38_143685_box7_Incident_Summaries_1-100
Agency: Department of War
Page 188
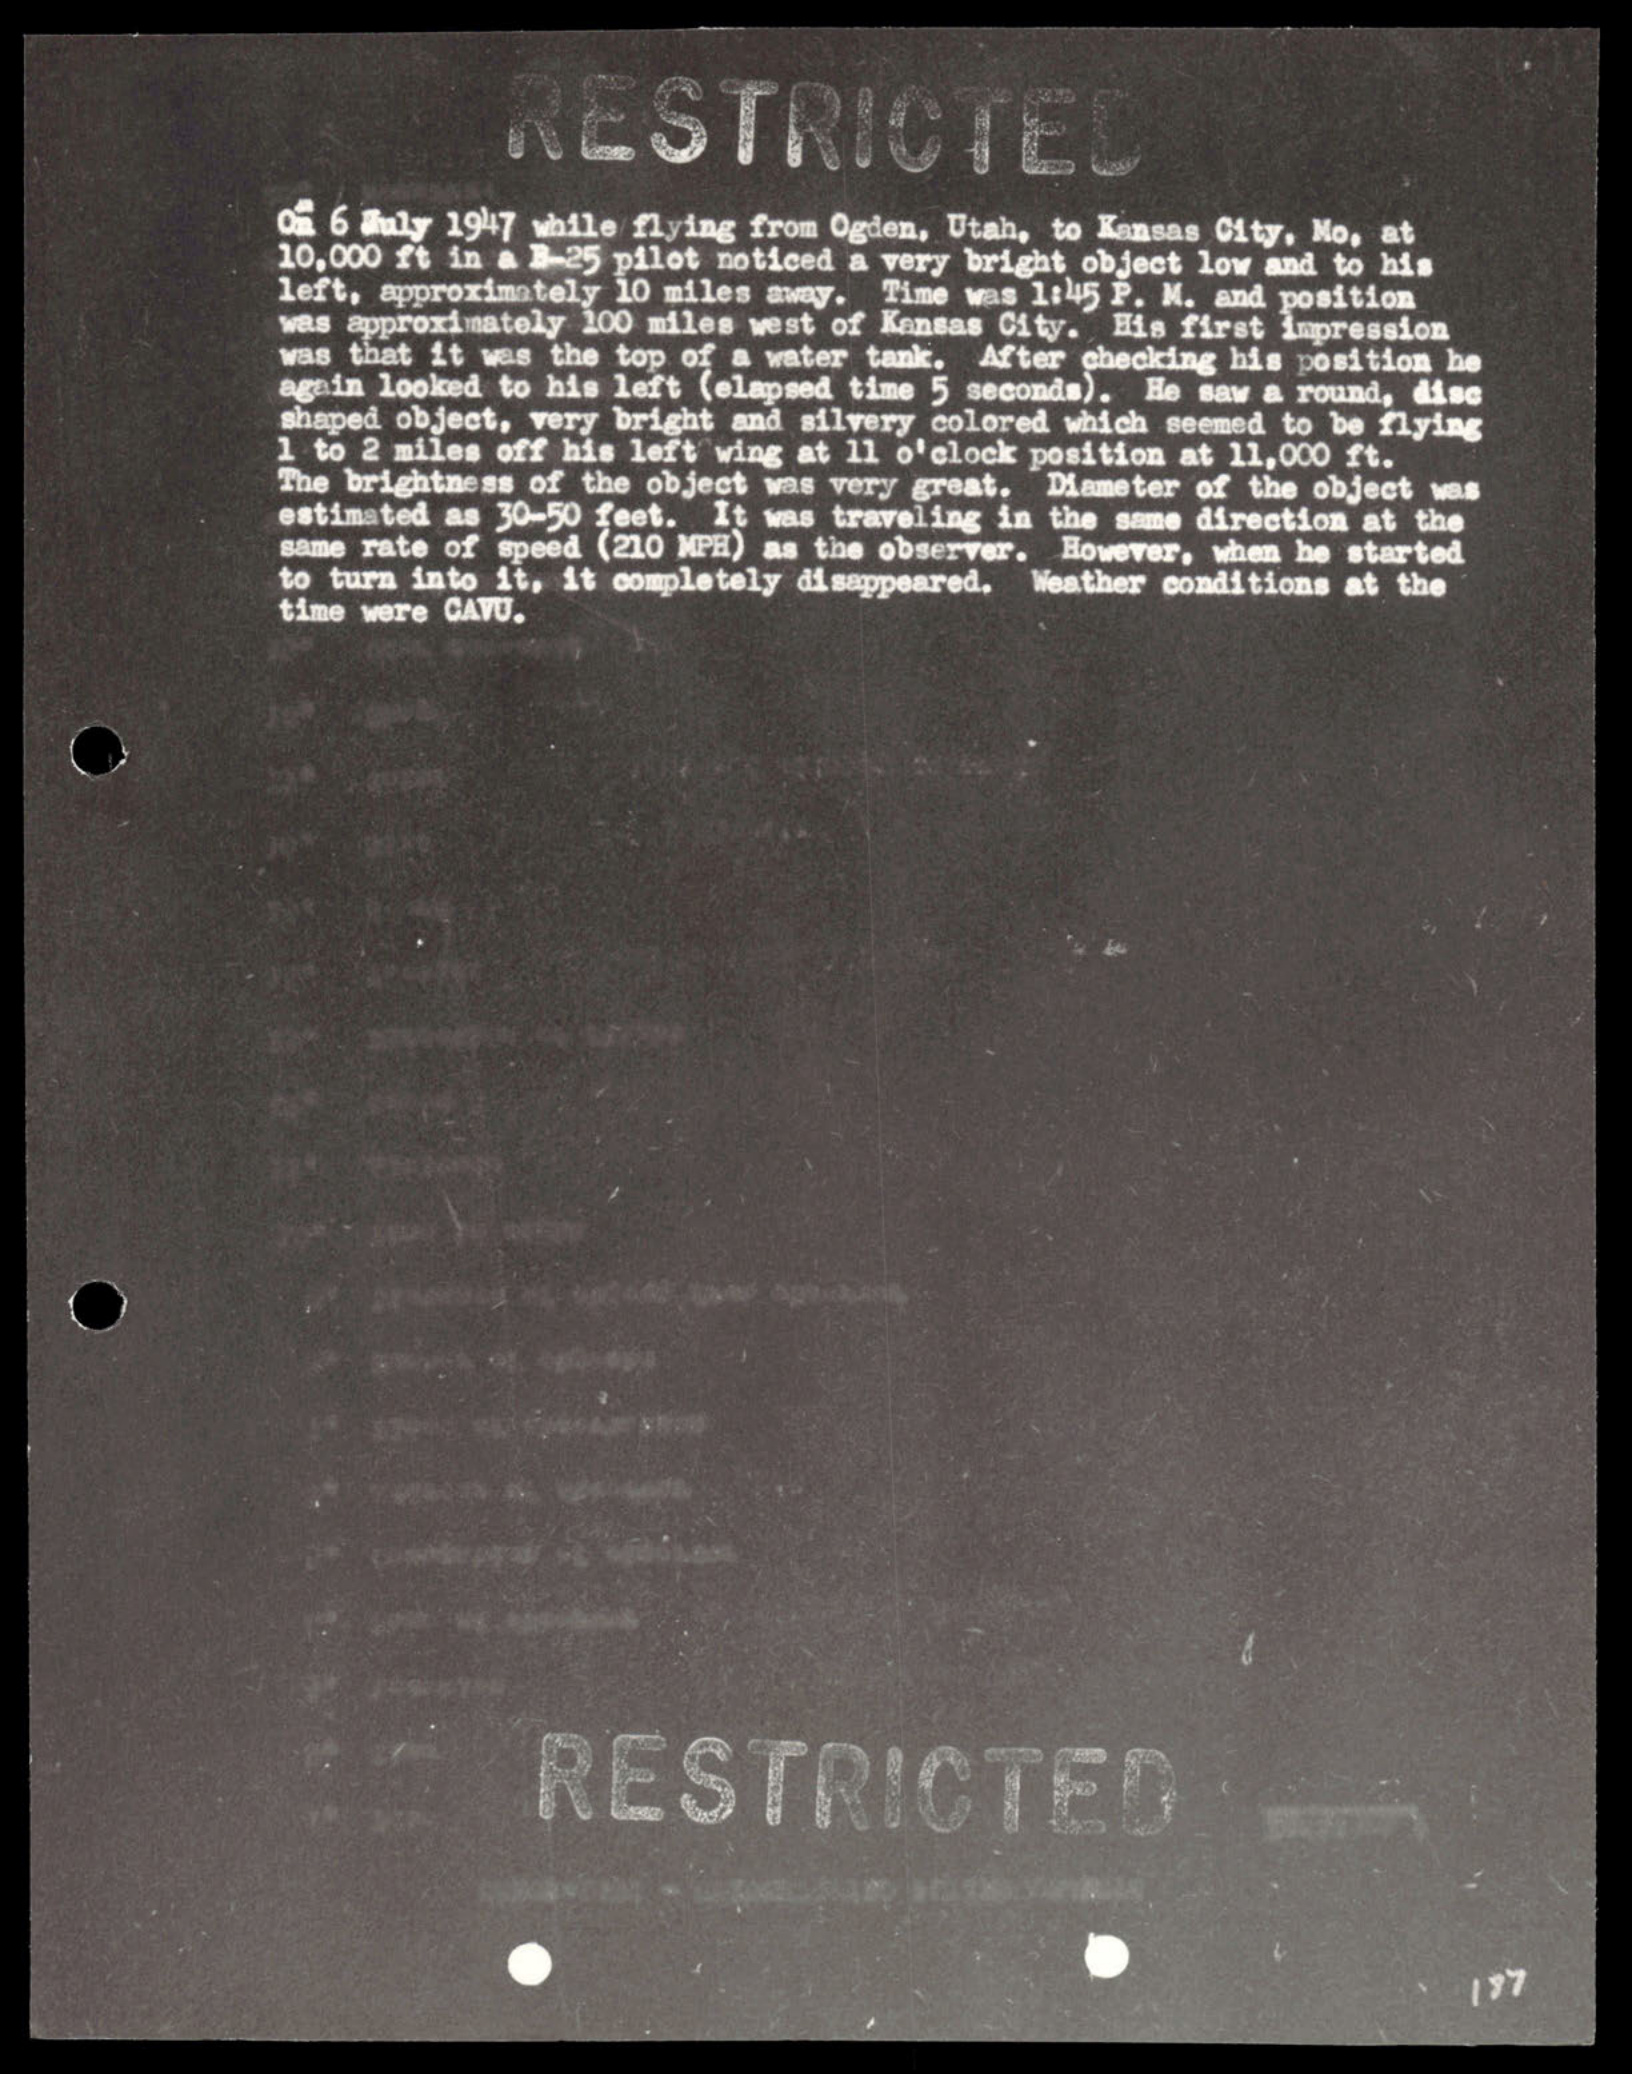